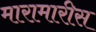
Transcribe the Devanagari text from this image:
मारामारीस